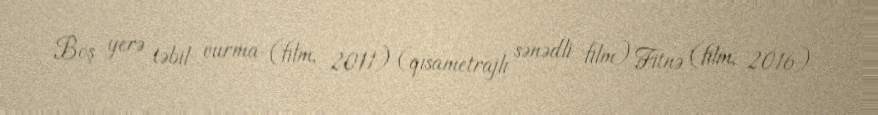
Boş yerə təbil vurma (film, 2011) (qısametrajlı sənədli film) Fitnə (film, 2016)